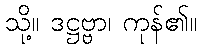
သို့။ ဒဋ္ဌဗ္ဗာ၊ ကုန်၏။